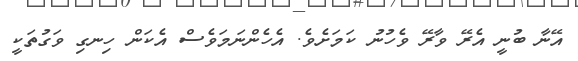
އޭނާ ބުނީ އެރޭ ވާރޭ ވެހުނު ކަމަށެވެ. އެހެންނަމަވެސް އެކަން ހިނގި ވަގުތަކީ